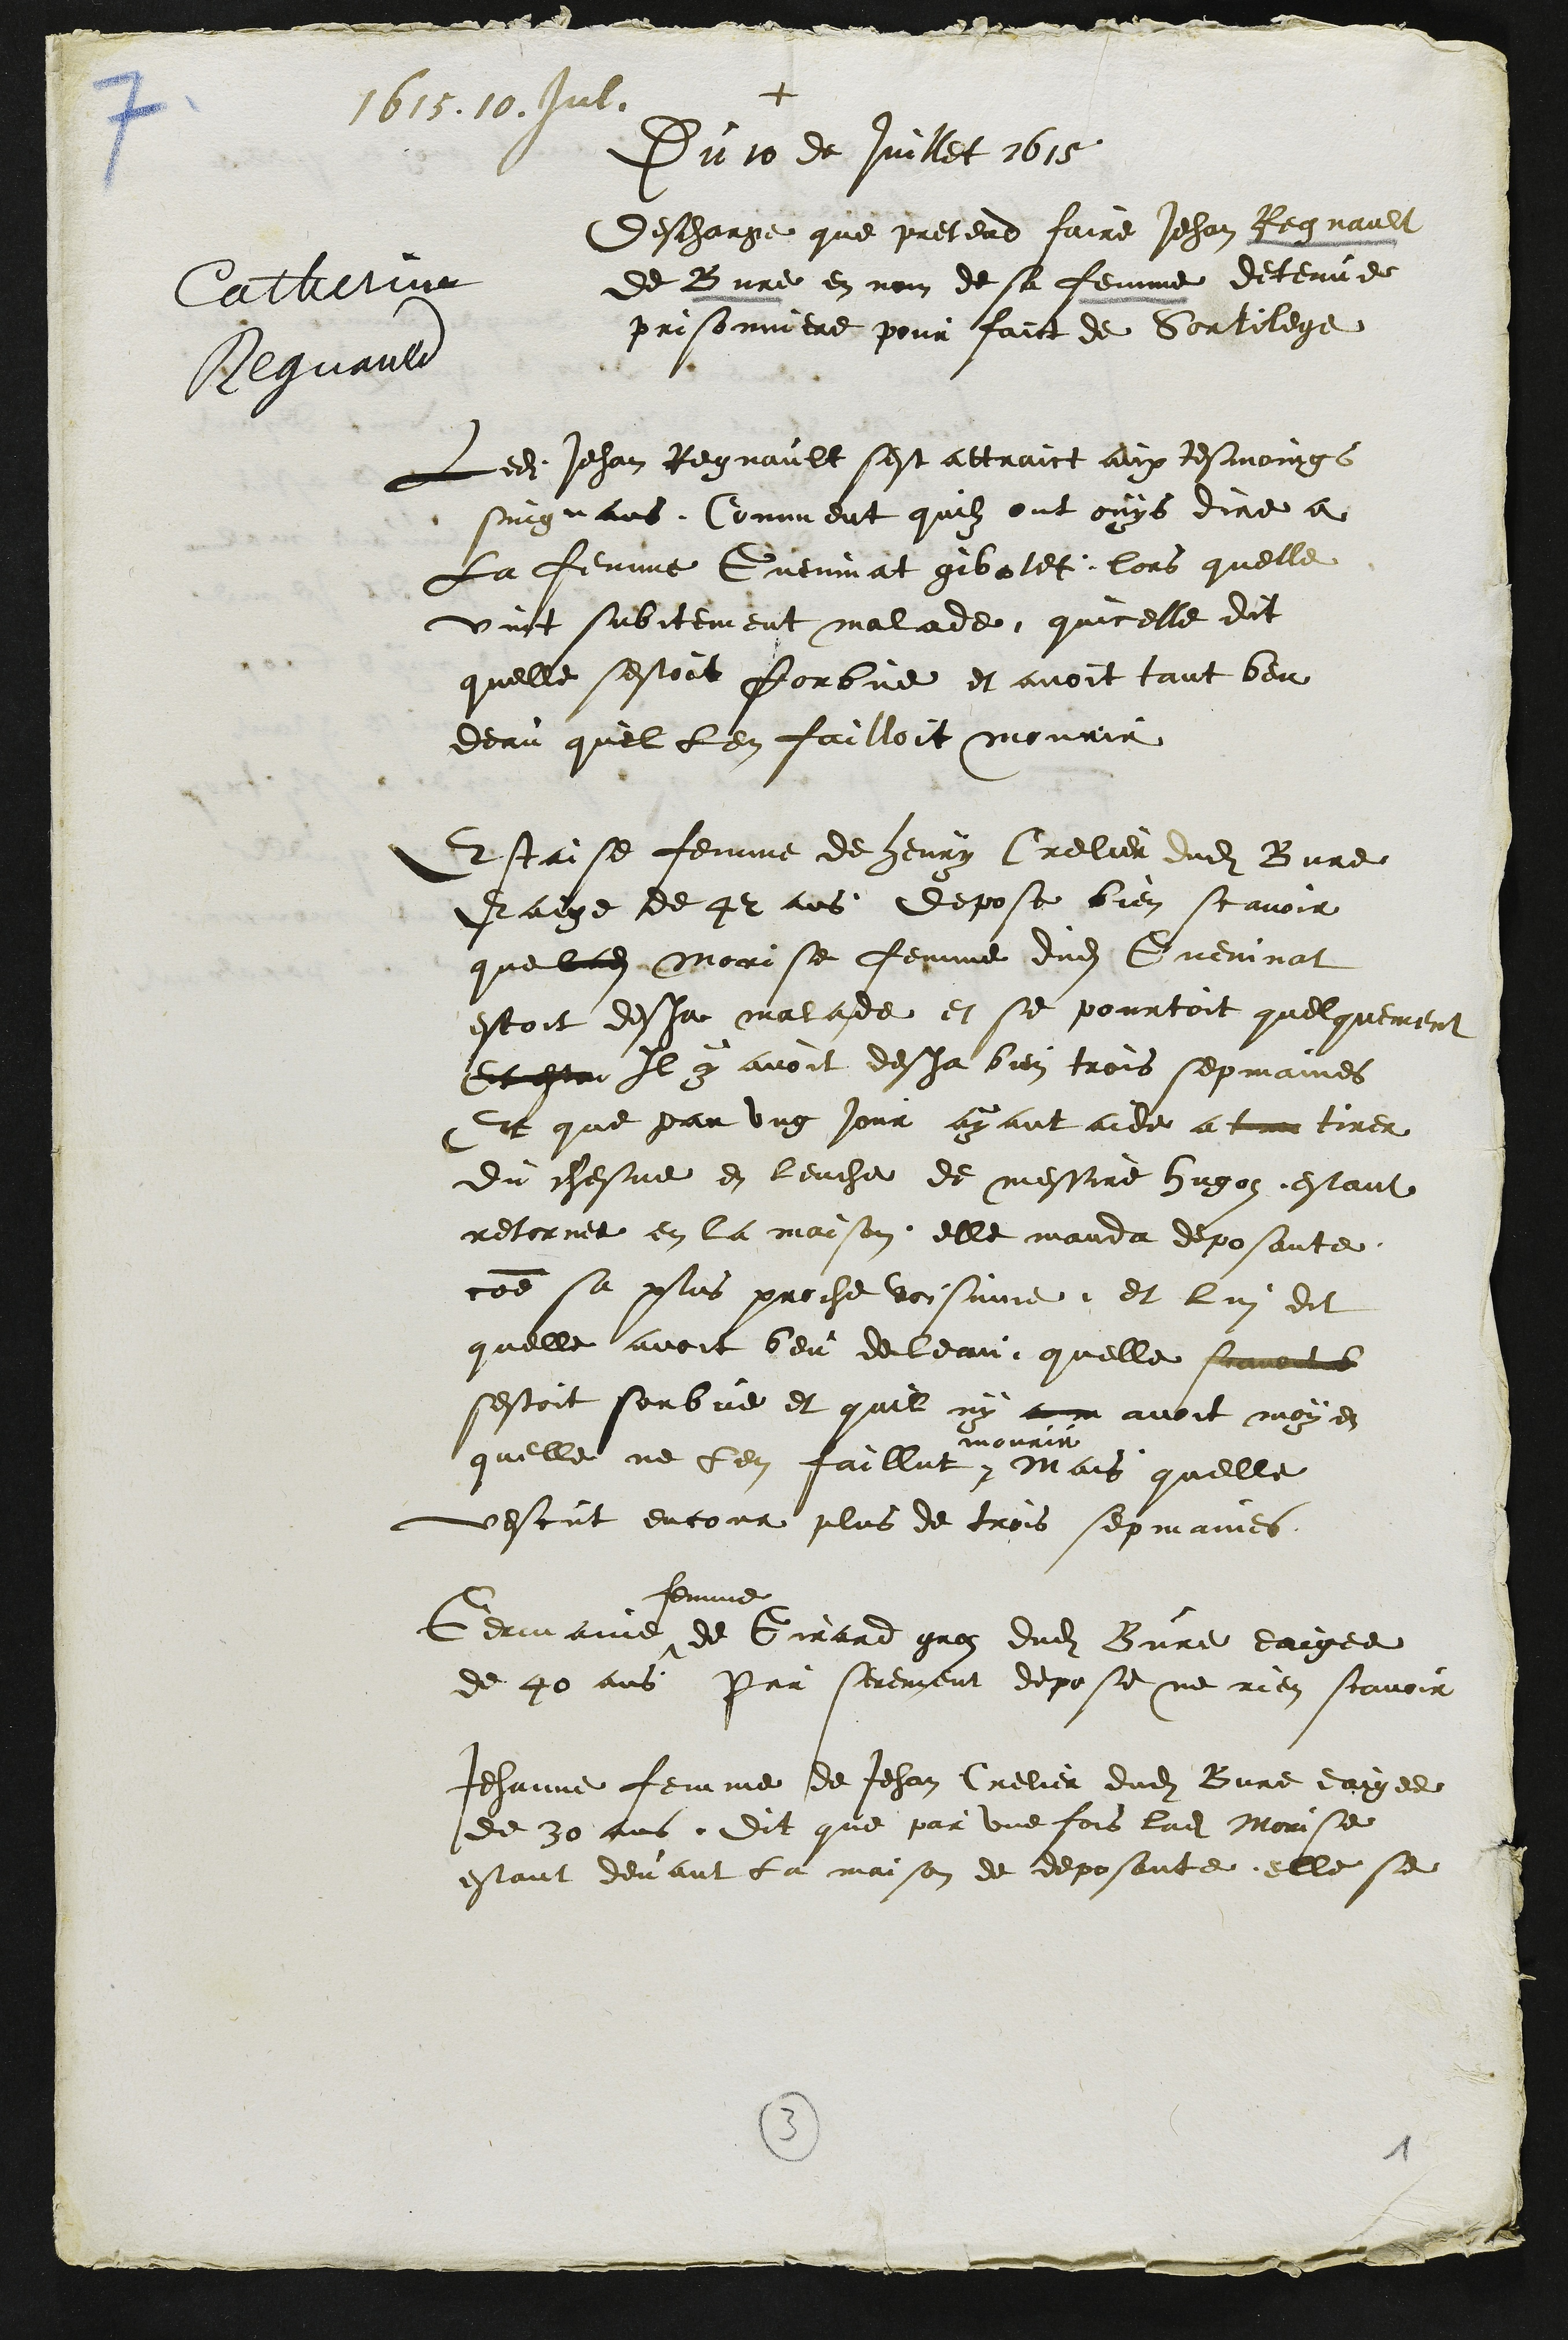
+
1615. 10 Jul.
Du 10 de Juillet 1615
Catherine
Regnauld
Descharge que pretend faire Jehan Regnault
de Bure en nom de sa femme detenue
prisonniere pour faict de Sortilege
Ledit Jehan Regnault sest attraict aux tesmoings
suiguans Comment quilz ont ouys dire a
La femme Gueninat gibotet lors quelle
vint subitement malade quicelle dit
quelle sestoit forbue et avoit tant beu
deau quil len failloit mourir
Estaise femme de Henry Crelier dudit Bure
Eaige de 42 ans depose bien scavoir
que ladite Morise femme dudit Gueninat
estoit desja malade et se pourtoit quelquement
Et estan Il y avoit desja bien trois sepmaines
Et que par ung jour ayant aide a tune tirer
du chesne en leuche de messire Hugoz estant
retornee en la maison elle manda deposante
comme sa plus proche voisinne et lui dit
quelle avoit beu de leau quelle scavoit t
sestoit sorbue et quil ny ama avoit moyen
quelle ne len faillut #
mourir
Mais quelle
vescut encour plus de trois sepmaines
Germaine #
femme
de Girard groz dudit Bure eaigee
de 40 ans Par serement depose ne rien scavoir
Jehanne femme de Jehan Crelier dudit Bure eaigee
de 30 ans dit que par une fois ladite Morise
estant devant la maison de deposante elle se